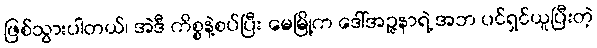
ဖြစ်သွားပါတယ်၊ အဲဒီ ကိစ္စနဲ့စပ်ပြီး မေမြို့က ဒေါ်အဉ္ဇနာရဲ့ အဘ ပင်ရှင်ယူပြီးတဲ့